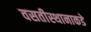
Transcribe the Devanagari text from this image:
वसतीस्थानाकडे